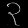
Digit: ၃